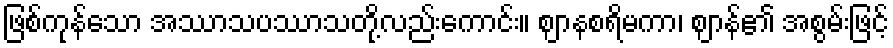
ဖြစ်ကုန်သော အဿာသပဿာသတို့လည်းကောင်း။ ဈာနစရိမကာ၊ ဈာန်၏ အစွမ်းဖြင့်